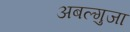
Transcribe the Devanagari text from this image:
अबल्गुजा